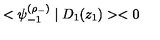
< \psi _ { - 1 } ^ { ( \rho _ { - } ) } \mid D _ { 1 } ( z _ { 1 } ) > < 0